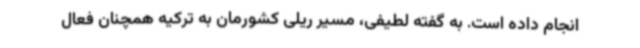
انجام داده است. به گفته لطیفی، مسیر ریلی کشورمان به ترکیه همچنان فعال